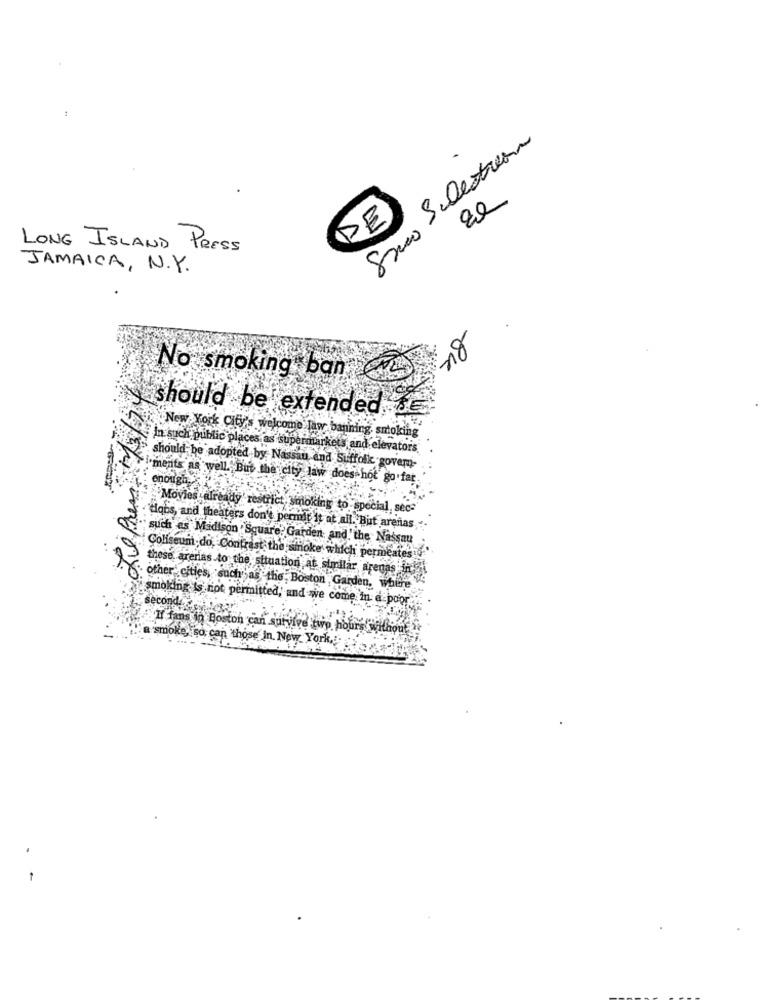
Saco Selectron
DE
LONG ISLAND PRESS
JAMAICA, N.Y.
No smoking ban
should be extended
New York City's welcome law banning, smoking
In such public places as supermarket y and elevators
should be adopted by Nassau and Suffolk govem-
"ments as well. But the city law does hot go far
enough,
Movies already' restrict, smoking to special, secs
dans, and theaters don't permit it at all. But arenas
such as Madison Square Garden and the Nassau
Coliseum do, Contrast the smoke which permeates
these arerias to the situation at stillar, arenas in
: other cities, such as the Boston Garden, where
smoking Is not permitted, and we come in a poor
second
HI fans in Boston can survive two hours without
:a smoke, so can those in New York ..